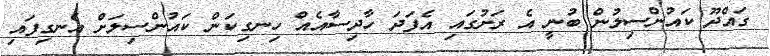
ގައްދޫ ކައުންސިލުން ބުނީ އެ ރަށުގައި އެފަދަ ހާދިސާއެއް ހިނގިކަން ކައުންސިލަށް އެނގިފައި